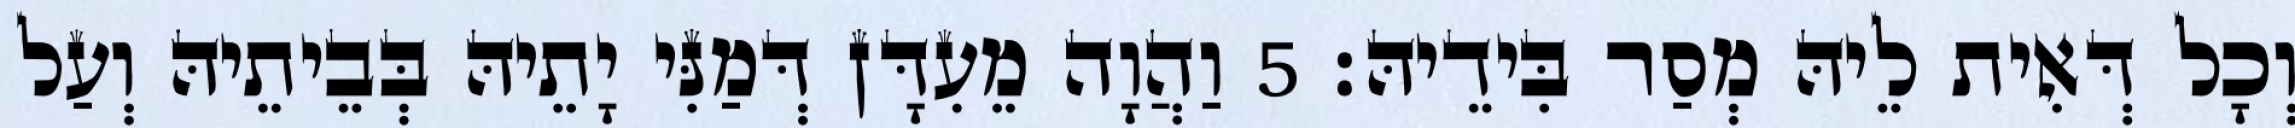
וְכָל דְּאִית לֵיהּ מְסַר בִּידֵיהּ׃ 5 וַהֲוָה מֵעִדָּן דְּמַנִּי יָתֵיהּ בְּבֵיתֵיהּ וְעַל